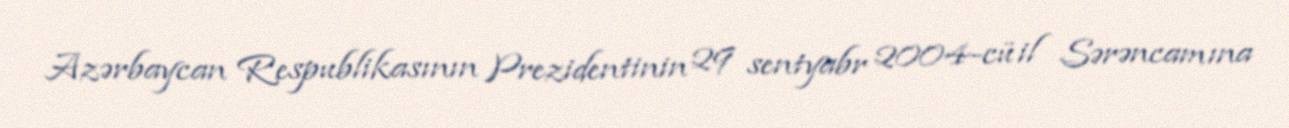
Azərbaycan Respublikasının Prezidentinin 29 sentyabr 2004-cü il Sərəncamına